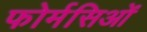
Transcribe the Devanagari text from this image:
फोर्मसिओं